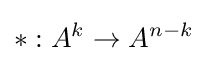
*:A^{k}\rightarrow A^{n-k}